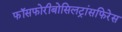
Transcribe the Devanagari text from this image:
फॉसफोरीबोसिलट्रांसफिरेस